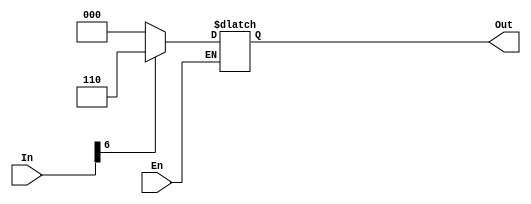
module top(In,Out,En);
input [7:0]In;
output [2:0]Out;
input En;

reg [2:0]Out;
reg [2:0]i;

always @( En or In )
	if(En)
		for(i=0;i<7;i=i+1)
			if ( In[i] ) 
				Out=i;
	else 
		Out=2'b00;

endmodule